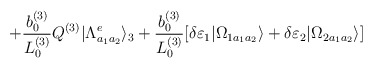
\begin{align*} +\frac{b_0^{(3)}}{L_0^{(3)}}Q^{(3)}|\Lambda ^e_{a_1 a_2}\rangle _3 +\frac{b_0^{(3)}}{L_0^{(3)}}[\delta \varepsilon _1 |\Omega _{1 a_1 a_2}\rangle +\delta \varepsilon _2 |\Omega _{2 a_1 a_2}\rangle ]\end{align*}